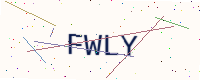
Text: FWLY